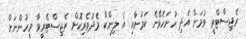
ރެޖިސްޓްރީ ވުމަށް އެދި ހުށަހެޅޭނެ ކަމަށާއި އެ ލިންކް މެދުވެރިކޮށް ރެޖިސްޓެރީވާ މީހުންނަށް